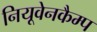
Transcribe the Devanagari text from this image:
नियूवेनकैम्प